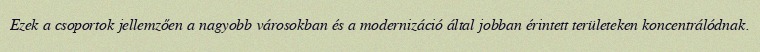
Ezek a csoportok jellemzően a nagyobb városokban és a modernizáció által jobban érintett területeken koncentrálódnak.